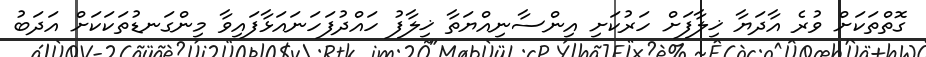
ގޮތްތަކަށް ވުރެ އާދަޔާ ޚިލާފަށް ހަރުކަށި އިންސާނިއްޔަތާ ޚިލާފު ހައްދުފަހަނައަޅާފައިވާ މިންގަނޑުތަކަކަށް އަދަބު